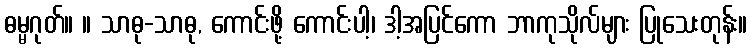
ဓမ္မဂုတ်။ ။ သာဓု-သာဓု, ကောင်းဖို့ ကောင်းပါ့၊ ဒါ့အပြင်ကော ဘာကုသိုလ်များ ပြုသေးတုန်း။